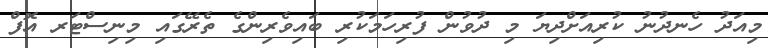
މިއަދު ހެނދުނު ކުރިއަށްދިޔަ މި ދުވުން ފުރިހަމަކުރި ބައިވެރިންގެ ތެރޭގައި މިނިސްޓަރ އޮފް